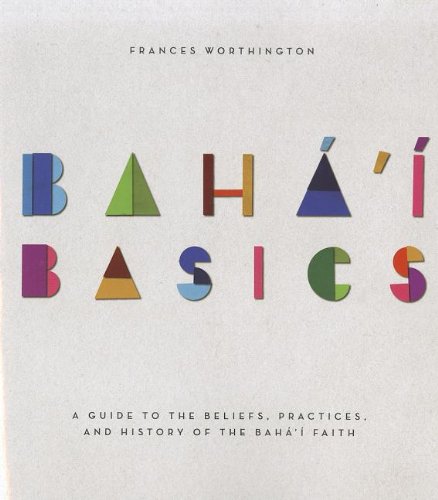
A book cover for Baha'i Basics: A Guide to the Beliefs, Practices, and History of the Baha'i Faith; Frances Worthington; Religion & Spirituality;